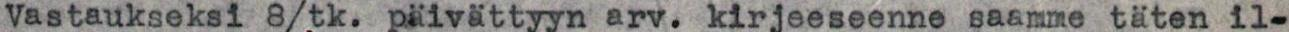
Vastaukseksi 8/tk. päivättyyn arv. kirjeeseenne saamme täten il-